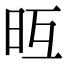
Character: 𣅥